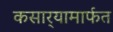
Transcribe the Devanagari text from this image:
कसार्‍यामार्फत